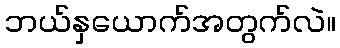
ဘယ်နှယောက်အတွက်လဲ။